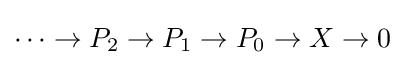
\cdots \to P_{2}\to P_{1}\to P_{0}\to X\to 0